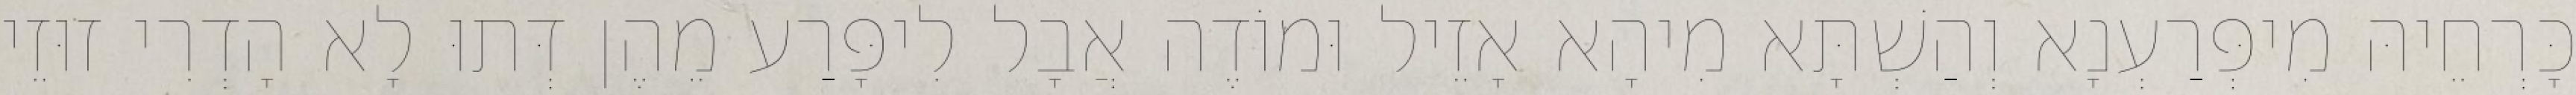
כָּרְחֵיהּ מִיפְּרַעְנָא וְהַשְׁתָּא מִיהָא אָזֵיל וּמוֹדֶה אֲבָל לִיפָּרַע מֵהֶן דְּתוּ לָא הָדְרִי זוּזֵי